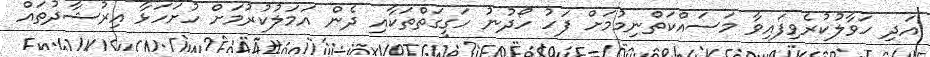
އަދި ހަވާލުކުރެވިފައިވާ މަސައްކަތްނިމުމަށް ފަހު ހޯދުނު ހަގީގަތްތަކާއި ދެން އަމަލުކުރުމަށް ހުށަހަޅާ އިރުޝާދުތައް